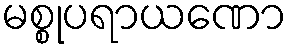
မစ္စုပရာယဏော